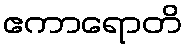
ဧကာရောတိ